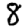
Digit: 8